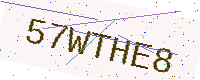
Text: 57WTHE8